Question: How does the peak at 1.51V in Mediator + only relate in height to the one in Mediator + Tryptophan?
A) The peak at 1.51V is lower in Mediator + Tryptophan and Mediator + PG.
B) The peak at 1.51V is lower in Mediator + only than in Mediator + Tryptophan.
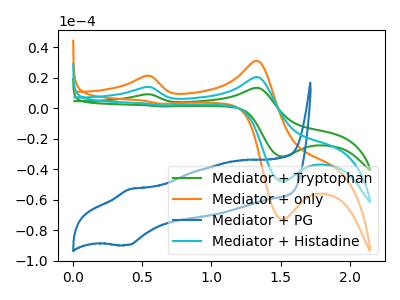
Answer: <think>The green curve "Mediator + Tryptophan" has anodic peaks at (0.50V, 28.05uA) (1.35V, 41.15uA) and cathodic peaks at (1.50V, -95.85uA) (0.65V, 4.00uA). The orange curve "Mediator + only" has anodic peaks at (0.50V, 21.30uA) (1.35V, 31.25uA) and cathodic peaks at (1.50V, -72.85uA) (0.65V, 3.05uA). The blue curve "Mediator + PG" has an anodic peak at (0.40V, -53.05uA) and a cathodic peak at (0.40V, -89.55uA). The cyan curve "Mediator + Histadine" has anodic peaks at (0.50V, 14.05uA) (1.35V, 20.55uA) and cathodic peaks at (1.50V, -47.90uA) (0.65V, 2.00uA).</think>
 <answer>B) The peak at 1.51V is lower in "Mediator + only" than in "Mediator + Tryptophan".</answer>
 <eval>B</eval>